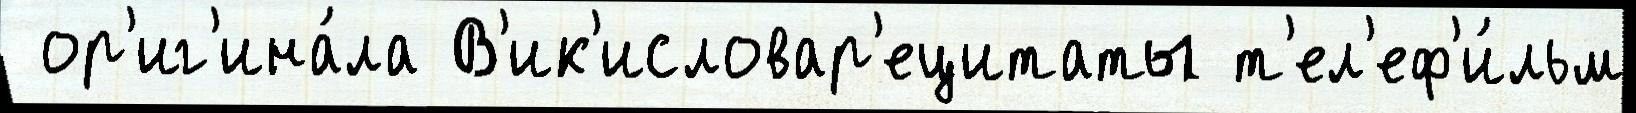
 ор'иг'ина́ла В'ик'исловар'ецитаты т'ел'еф'и́льм